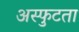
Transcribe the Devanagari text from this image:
अस्फुटता